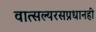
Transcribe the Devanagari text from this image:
वात्सल्यरसप्रधानही